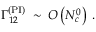
\Gamma _ { 1 2 } ^ { \mathrm { ( P I ) } } \; \sim \; { \cal O } \left( N _ { c } ^ { 0 } \right) \; .